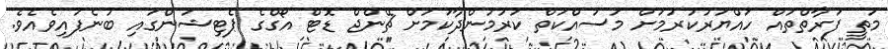
މަތީ ފަރާތްތައް ހައްޔަރުކުރުމަށް މަސައްކަތް ކުރަމުންދާކަމަށް ޗޭންޖް ޑޮޓް އޯގްގެ ޕެޓިޝަންގައި ބުނެފައިވެއެވެ.